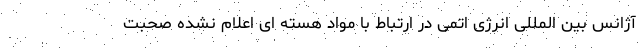
آژانس بین المللی انرژی اتمی در ارتباط با مواد هسته ای اعلام نشده صحبت